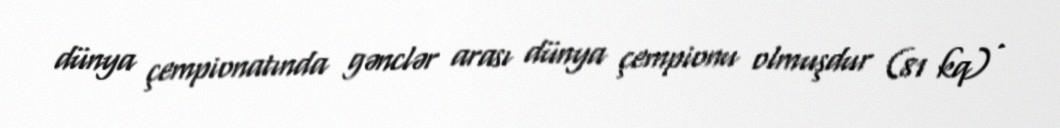
dünya çempionatında gənclər arası dünya çempionu olmuşdur (81 kq) .